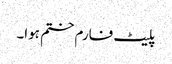
پلیٹ فارم ختم ہوا۔